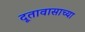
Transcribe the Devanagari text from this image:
दूतावासाच्या